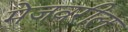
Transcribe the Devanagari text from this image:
मेजवरील